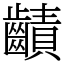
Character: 䶦